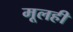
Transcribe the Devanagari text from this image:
मूलही